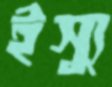
ইস্যু